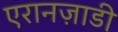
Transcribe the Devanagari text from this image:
एरानज़ाडी